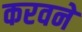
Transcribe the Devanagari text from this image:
करवने